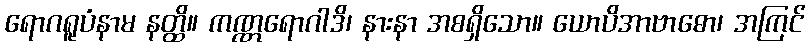
ရောဂရူပံနာမ နတ္ထိ။ ကဏ္ဏရောဂါဒိ၊ နားနာ အစရှိသော။ ယောပိအာဗာဓော၊ အကြင်